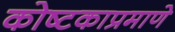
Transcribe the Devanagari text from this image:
कोष्टकाप्रमाणे